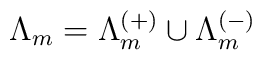
\Lambda_m = \Lambda_m^{(+)} \cup \Lambda_m^{(-)}